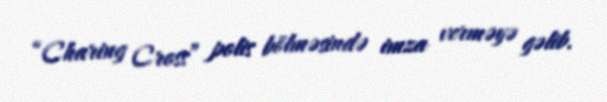
“Charing Cross” polis bölməsində imza verməyə gəlib.